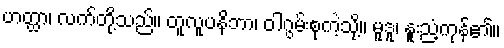
ဟတ္ထာ၊ လက်တို့သည်။ တူလူပနိဘာ၊ ဝါဂွမ်းစုကဲ့သို့။ မူဒူ၊ နူးညံ့ကုန်၏။